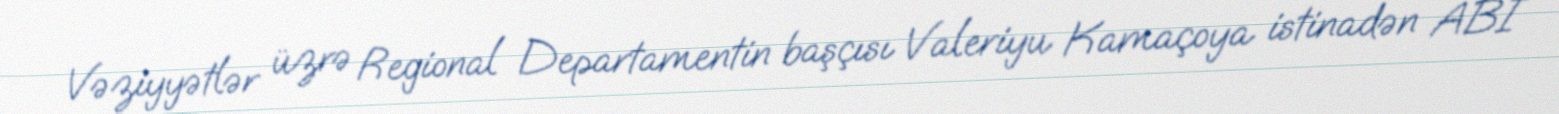
Vəziyyətlər üzrə Regional Departamentin başçısı Valeriyu Kamaçoya istinadən ABI